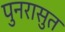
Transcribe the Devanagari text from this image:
पुनरासुत